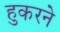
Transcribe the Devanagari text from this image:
हुकरने